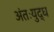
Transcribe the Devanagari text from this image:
अंतःयुद्ध